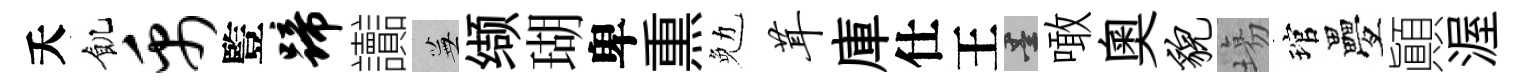
夭飢禹䜿蹄讟蕪缬瑚卑𤋱勉茸庫仕王墨噉奥貌塲琯疊顚渥